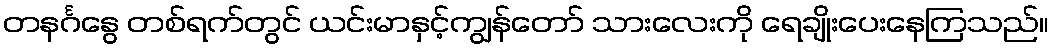
တနင်္ဂနွေ တစ်ရက်တွင် ယင်းမာနှင့်ကျွန်တော် သားလေးကို ရေချိုးပေးနေကြသည်။